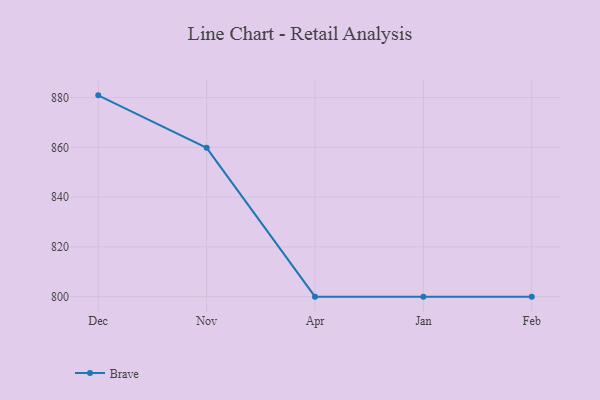
{"axis": {"x": "Month", "y": "Website Visitors"}, "legend": ["Brave"], "data": [{"x": "Dec", "y": 880.9, "type": "Brave"}, {"x": "Nov", "y": 859.8, "type": "Brave"}, {"x": "Apr", "y": 800, "type": "Brave"}, {"x": "Jan", "y": 800, "type": "Brave"}, {"x": "Feb", "y": 800, "type": "Brave"}]}